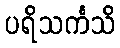
ပရိသင်္ကသိ